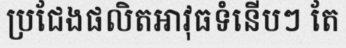
ប្រជែងផលិតអាវុធទំនើបៗ តែ